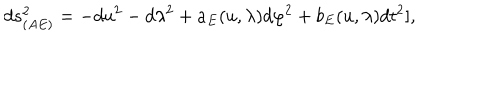
LaTeX: d s _ { ( A E ) } ^ { 2 } = - d u ^ { 2 } - d \lambda ^ { 2 } + a _ { E } ( u , \lambda ) d \varphi ^ { 2 } + b _ { E } ( u , \lambda ) d t ^ { 2 } ] ,